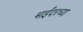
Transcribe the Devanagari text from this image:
भाईंदरच्या